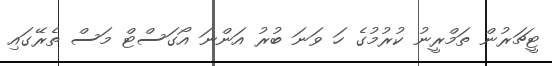
ޓީޗަރުން ތަމްރީނު ކުރުމުގެ ހަ ވަނަ ބުރު އަންނަ އޯގަސްޓް މަސް ތެރޭގައި